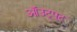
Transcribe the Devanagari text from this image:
ऑउट्पुट